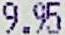
9.95